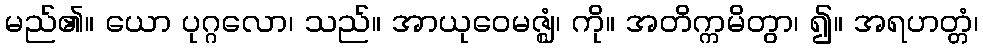
မည်၏။ ယော ပုဂ္ဂလော၊ သည်။ အာယုဝေမဇ္ဈံ၊ ကို။ အတိက္ကမိတွာ၊ ၍။ အရဟတ္တံ၊